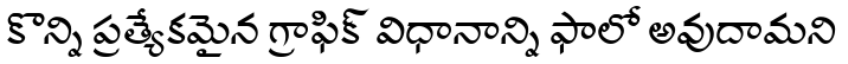
కొన్ని ప్రత్యేకమైన గ్రాఫిక్ విధానాన్ని ఫాలో అవుదామని